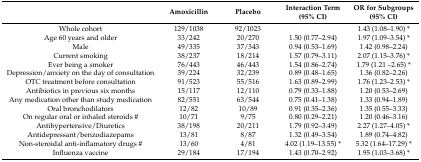
<table><thead><tr><td></td><td><b>Amoxicillin</b></td><td><b>Placebo</b></td><td><b>Interaction Term (95% CI)</b></td><td><b>OR for Subgroups (95% CI)</b></td></tr></thead><tbody><tr><td>Whole cohort</td><td>129/1038</td><td>92/1023</td><td></td><td>1.43 (1.08–1.90) *</td></tr><tr><td>Age 60 years and older</td><td>33/242</td><td>20/270</td><td>1.50 (0.77–2.94)</td><td>1.97 (1.09–3.54) *</td></tr><tr><td>Male</td><td>49/335</td><td>37/343</td><td>0.94 (0.53–1.69)</td><td>1.42 (0.98–2.24)</td></tr><tr><td>Current smoking</td><td>38/237</td><td>18/214</td><td>1.57 (0.79–3.11)</td><td>2.07 (1.15–3.76) *</td></tr><tr><td>Ever being a smoker</td><td>76/443</td><td>46/443</td><td>1.54 (0.86–2.74)</td><td>1.79 (1.21 –2.65) *</td></tr><tr><td>Depression/anxiety on the day of consultation</td><td>39/224</td><td>32/239</td><td>0.89 (0.48–1.65)</td><td>1.36 (0.82–2.26)</td></tr><tr><td>OTC treatment before consultation</td><td>91/523</td><td>55/516</td><td>1.63 (0.89–2.99)</td><td>1.76 (1.23–2.53) *</td></tr><tr><td>Antibiotics in previous six months</td><td>15/117</td><td>12/110</td><td>0.79 (0.33–1.88)</td><td>1.20 (0.53–2.69)</td></tr><tr><td>Any medication other than study medication</td><td>82/551</td><td>63/544</td><td>0.75 (0.41–1.38)</td><td>1.33 (0.94–1.89)</td></tr><tr><td>Oral bronchodilators</td><td>12/82</td><td>10/89</td><td>0.91 (0.35–2.36)</td><td>1.35 (0.55–3.33)</td></tr><tr><td>On regular oral or inhaled steroids #</td><td>10/71</td><td>9/75</td><td>0.80 (0.29–2.21)</td><td>1.20 (0.46–3.16)</td></tr><tr><td>Antihypertensive/Diuretics</td><td>38/198</td><td>20/211</td><td>1.79 (0.92–3.49)</td><td>2.27 (1.27–4.05) *</td></tr><tr><td>Antidepressant/benzodiazepams</td><td>13/81</td><td>8/87</td><td>1.32 (0.49–3.54)</td><td>1.89 (0.74–4.82)</td></tr><tr><td>Non-steroidal anti-inflamatory drugs #</td><td>13/60</td><td>4/81</td><td>4.02 (1.19–13.55) *</td><td>5.32 (1.64–17.29) *</td></tr><tr><td>Influenza vaccine</td><td>29/184</td><td>17/194</td><td>1.43 (0.70–2.92)</td><td>1.95 (1.03–3.68) *</td></tr></tbody></table>